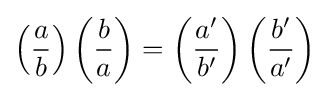
\left({\frac {a}{b}}\right)\left({\frac {b}{a}}\right)=\left({\frac {a'}{b'}}\right)\left({\frac {b'}{a'}}\right)